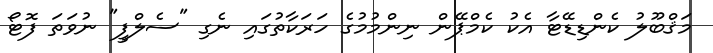
މަޤްބޫލު ކެންޑިޑޭޓާ އެކު ކެމްޕޭން ނިންމުމުގެ ހަރަކާތުގައި ނެގި "ސެލްފީ" ނުވަތަ ފޮޓޯ